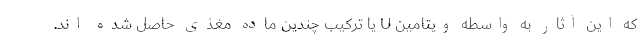
که این آثار به واسطه ویتامین U یا ترکیب چندین ماده مغذی حاصل شده اند.